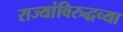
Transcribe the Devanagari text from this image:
राज्यांविरुद्धच्या